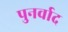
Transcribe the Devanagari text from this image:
पुनर्वाद